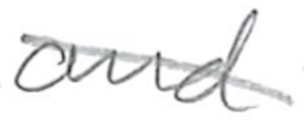
Text: and
Cross-out: diagonal
Writing tool: pencil